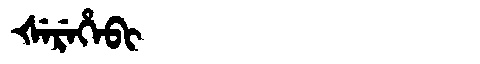
Manchu: ᡧᡝᡵᡝᡥᡝᠪᡳ
Romanization: ŠEREHEBI